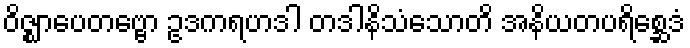
ဝိဇ္ဈာပေတဗ္ဗော ဥဒကရဟဒါ တဒါနိသံသောတိ အနိယတပရိစ္ဆေဒံ